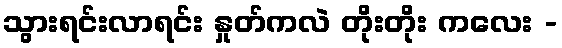
သွားရင်းလာရင်း နှုတ်ကလဲ တိုးတိုး ကလေး -